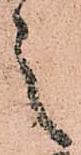
之